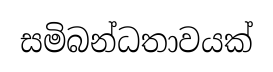
සමිබන්ධතාවයක්